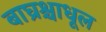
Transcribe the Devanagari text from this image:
बाघ्रश्चाधूल